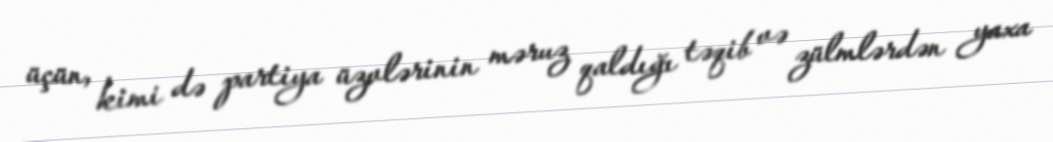
üçün, kimi də partiya üzvlərinin məruz qaldığı təqib və zülmlərdən yaxa